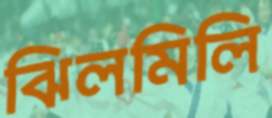
ঝিলমিলি